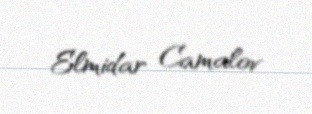
Elmidar Camalov